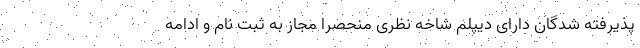
پذیرفته شدگان دارای دیپلم شاخه نظری منحصراً مجاز به ثبت نام و ادامه